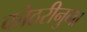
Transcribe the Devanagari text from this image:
कोठरीनुमा